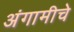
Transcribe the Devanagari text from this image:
अंगामीचे